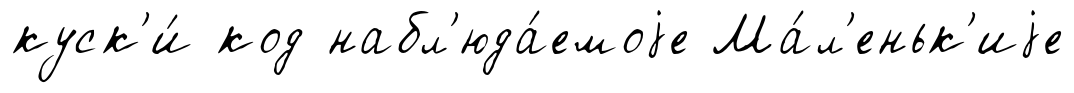
куск'и́ код набл'юда́емоjе Ма́л'еньк'иjе